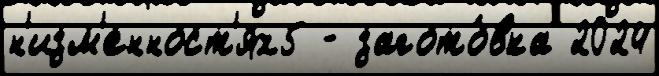
н'изм'енност'ях5 - загото́вка 2024